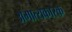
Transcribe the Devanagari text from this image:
अमात्यकारक